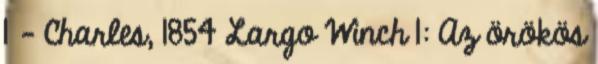
1 - Charles, 1854 Largo Winch 1: Az örökös